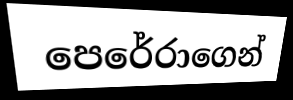
පෙරේරාගෙන්